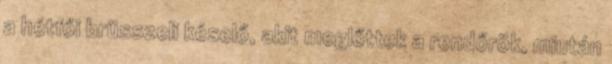
a hétfői brüsszeli késelő, akit meglőttek a rendőrök, miután